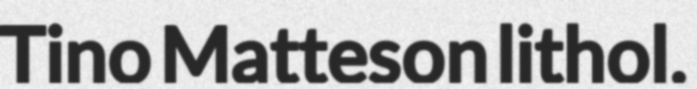
Tino Matteson lithol.